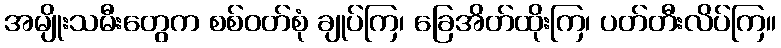
အမျိုးသမီးတွေက စစ်ဝတ်စုံ ချုပ်ကြ၊ ခြေအိတ်ထိုးကြ၊ ပတ်တီးလိပ်ကြ။